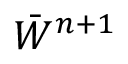
\bar { W } ^ { n + 1 }